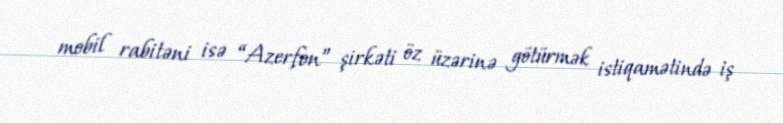
mobil rabitəni isə “Azerfon” şirkəti öz üzərinə götürmək istiqamətində iş